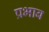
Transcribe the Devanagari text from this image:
प्रभाब